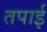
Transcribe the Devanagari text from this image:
तपाई